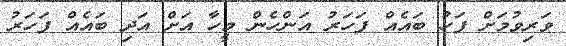
ވަރިވުމަށް ފަހު ބައެއް ފަހަރު އަންހެން މީހާ އަށް އަދި ބައެއް ފަހަރު